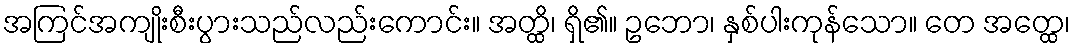
အကြင်အကျိုးစီးပွားသည်လည်းကောင်း။ အတ္ထိ၊ ရှိ၏။ ဥဘော၊ နှစ်ပါးကုန်သော။ တေ အတ္ထေ၊